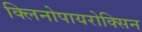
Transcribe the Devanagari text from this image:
क्लिनोपायरोक्सिन